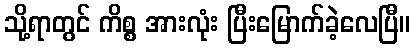
သို့ရာတွင် ကိစ္စ အားလုံး ပြီးမြောက်ခဲ့လေပြီ။